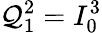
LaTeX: \mathcal{Q}_{1}^{2}=I_{0}^{3}